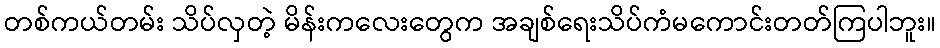
တစ်ကယ်တမ်း သိပ်လှတဲ့ မိန်းကလေးတွေက အချစ်ရေးသိပ်ကံမကောင်းတတ်ကြပါဘူး။